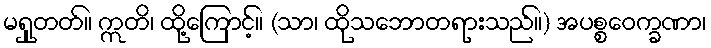
မရှုတတ်။ ဣတိ၊ ထို့ကြောင့်။ (သာ၊ ထိုသဘောတရားသည်။) အပစ္စဝေက္ခဏာ၊